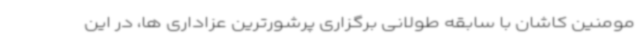
مومنین کاشان با سابقه طولانی برگزاری پرشورترین عزاداری ها، در این